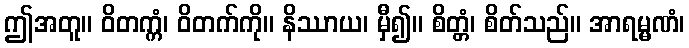
ဤအတူ။ ဝိတက္ကံ၊ ဝိတက်ကို။ နိဿာယ၊ မှီ၍။ စိတ္တံ၊ စိတ်သည်။ အာရမ္မဏံ၊